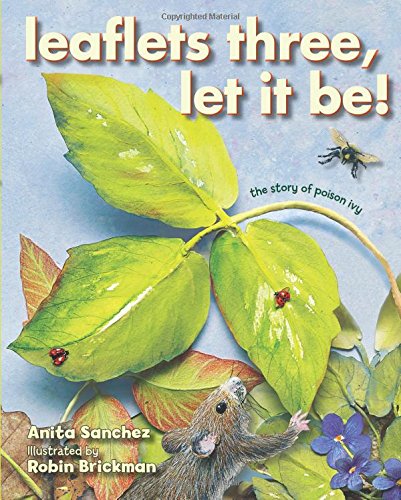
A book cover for Leaflets Three, Let It Be!: The Story of Poison Ivy; Anita Sanchez; Children's Books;